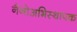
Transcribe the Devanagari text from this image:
नैनोअभिस्थापक